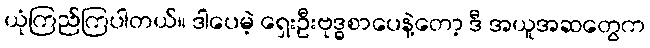
ယုံကြည်ကြပါတယ်။ ဒါပေမဲ့ ရှေးဦးဗုဒ္ဓစာပေနဲ့တော့ ဒီ အယူအဆတွေက